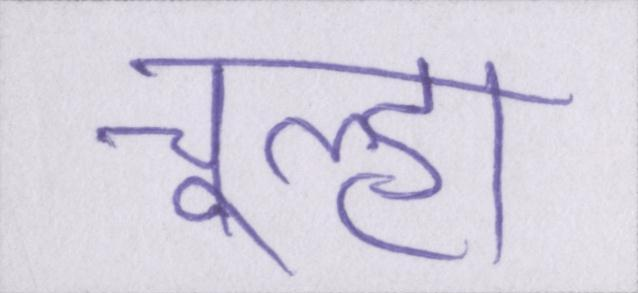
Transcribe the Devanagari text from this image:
चूल्हा